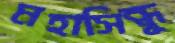
মহাসিন্ধু